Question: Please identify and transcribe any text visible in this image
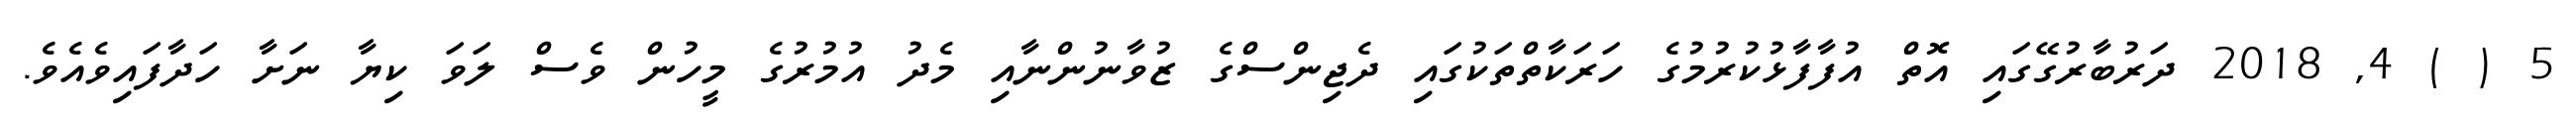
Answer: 5 ( ) 4, 2018 ދަރުބާރުގޭގައި އޮތް އުފާފާޅުކުރުމުގެ ހަރަކާތްތަކުގައި ދެޖިންސްގެ ޒުވާނުންނާއި މެދު އުމުރުގެ މީހުން ވެސް ލަވަ ކިޔާ ނަށާ ހަދާފައިވެއެވެ.